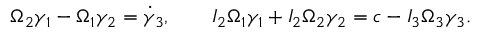
\begin{array} { r } { \Omega _ { 2 } \gamma _ { 1 } - \Omega _ { 1 } \gamma _ { 2 } = \dot { \gamma } _ { 3 } , \qquad I _ { 2 } \Omega _ { 1 } \gamma _ { 1 } + I _ { 2 } \Omega _ { 2 } \gamma _ { 2 } = c - I _ { 3 } \Omega _ { 3 } \gamma _ { 3 } . } \end{array}